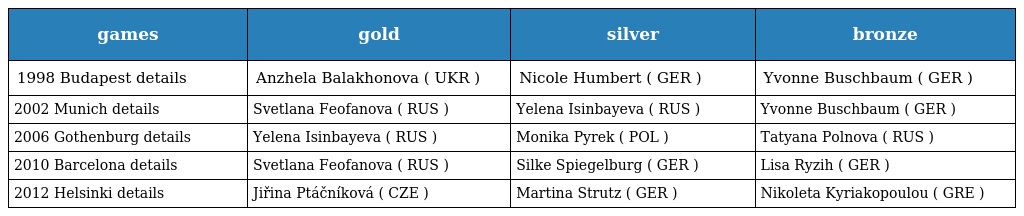
| games | gold | silver | bronze |
 | --- | --- | --- | --- |
 | 1998 Budapest details | Anzhela Balakhonova ( UKR ) | Nicole Humbert ( GER ) | Yvonne Buschbaum ( GER ) |
 | 2002 Munich details | Svetlana Feofanova ( RUS ) | Yelena Isinbayeva ( RUS ) | Yvonne Buschbaum ( GER ) |
 | 2006 Gothenburg details | Yelena Isinbayeva ( RUS ) | Monika Pyrek ( POL ) | Tatyana Polnova ( RUS ) |
 | 2010 Barcelona details | Svetlana Feofanova ( RUS ) | Silke Spiegelburg ( GER ) | Lisa Ryzih ( GER ) |
 | 2012 Helsinki details | Jiřina Ptáčníková ( CZE ) | Martina Strutz ( GER ) | Nikoleta Kyriakopoulou ( GRE ) |